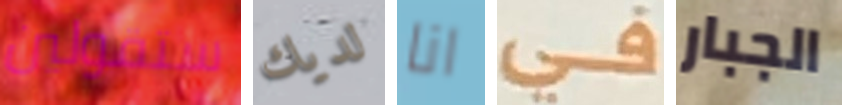
ستقولين لديك انا في الجبار